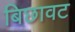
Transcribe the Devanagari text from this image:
बिछावट